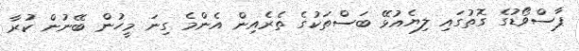
ޕާސްވޯޑުގެ ގޮތުގައި ލިޔެއުޅޭ ބަސްތަކުގެ ތެރެއިން އެންމެ ގިނަ މީހުން ބޭނުން ކުރާ